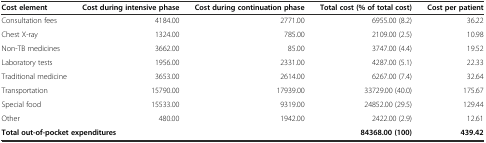
<table><thead><tr><td><b>Cost element</b></td><td><b>Cost during intensive phase</b></td><td><b>Cost during continuation phase</b></td><td><b>Total cost (% of total cost)</b></td><td><b>Cost per patient</b></td></tr></thead><tbody><tr><td>Consultation fees</td><td>4184.00</td><td>2771.00</td><td>6955.00 (8.2)</td><td>36.22</td></tr><tr><td>Chest X-ray</td><td>1324.00</td><td>785.00</td><td>2109.00 (2.5)</td><td>10.98</td></tr><tr><td>Non-TB medicines</td><td>3662.00</td><td>85.00</td><td>3747.00 (4.4)</td><td>19.52</td></tr><tr><td>Laboratory tests</td><td>1956.00</td><td>2331.00</td><td>4287.00 (5.1)</td><td>22.33</td></tr><tr><td>Traditional medicine</td><td>3653.00</td><td>2614.00</td><td>6267.00 (7.4)</td><td>32.64</td></tr><tr><td>Transportation</td><td>15790.00</td><td>17939.00</td><td>33729.00 (40.0)</td><td>175.67</td></tr><tr><td>Special food</td><td>15533.00</td><td>9319.00</td><td>24852.00 (29.5)</td><td>129.44</td></tr><tr><td>Other</td><td>480.00</td><td>1942.00</td><td>2422.00 (2.9)</td><td>12.61</td></tr><tr><td colspan="3"><b>Total out-of-pocket expenditures</b></td><td><b>84368.00 (100)</b></td><td><b>439.42</b></td></tr></tbody></table>